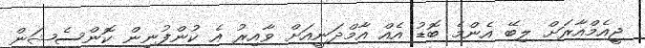
ޖީއެމްއާރަށް ލިބޭ އެންމެ ބޮޑު އެއް އާމްދަނީއަށް ވާއިރު އެ ކުންފުނިން ކޮންސެޝަން